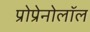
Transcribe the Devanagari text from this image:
प्रोप्रेनोलॉल